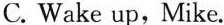
C. Wake up, Mike.